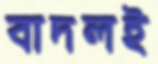
বাদলই